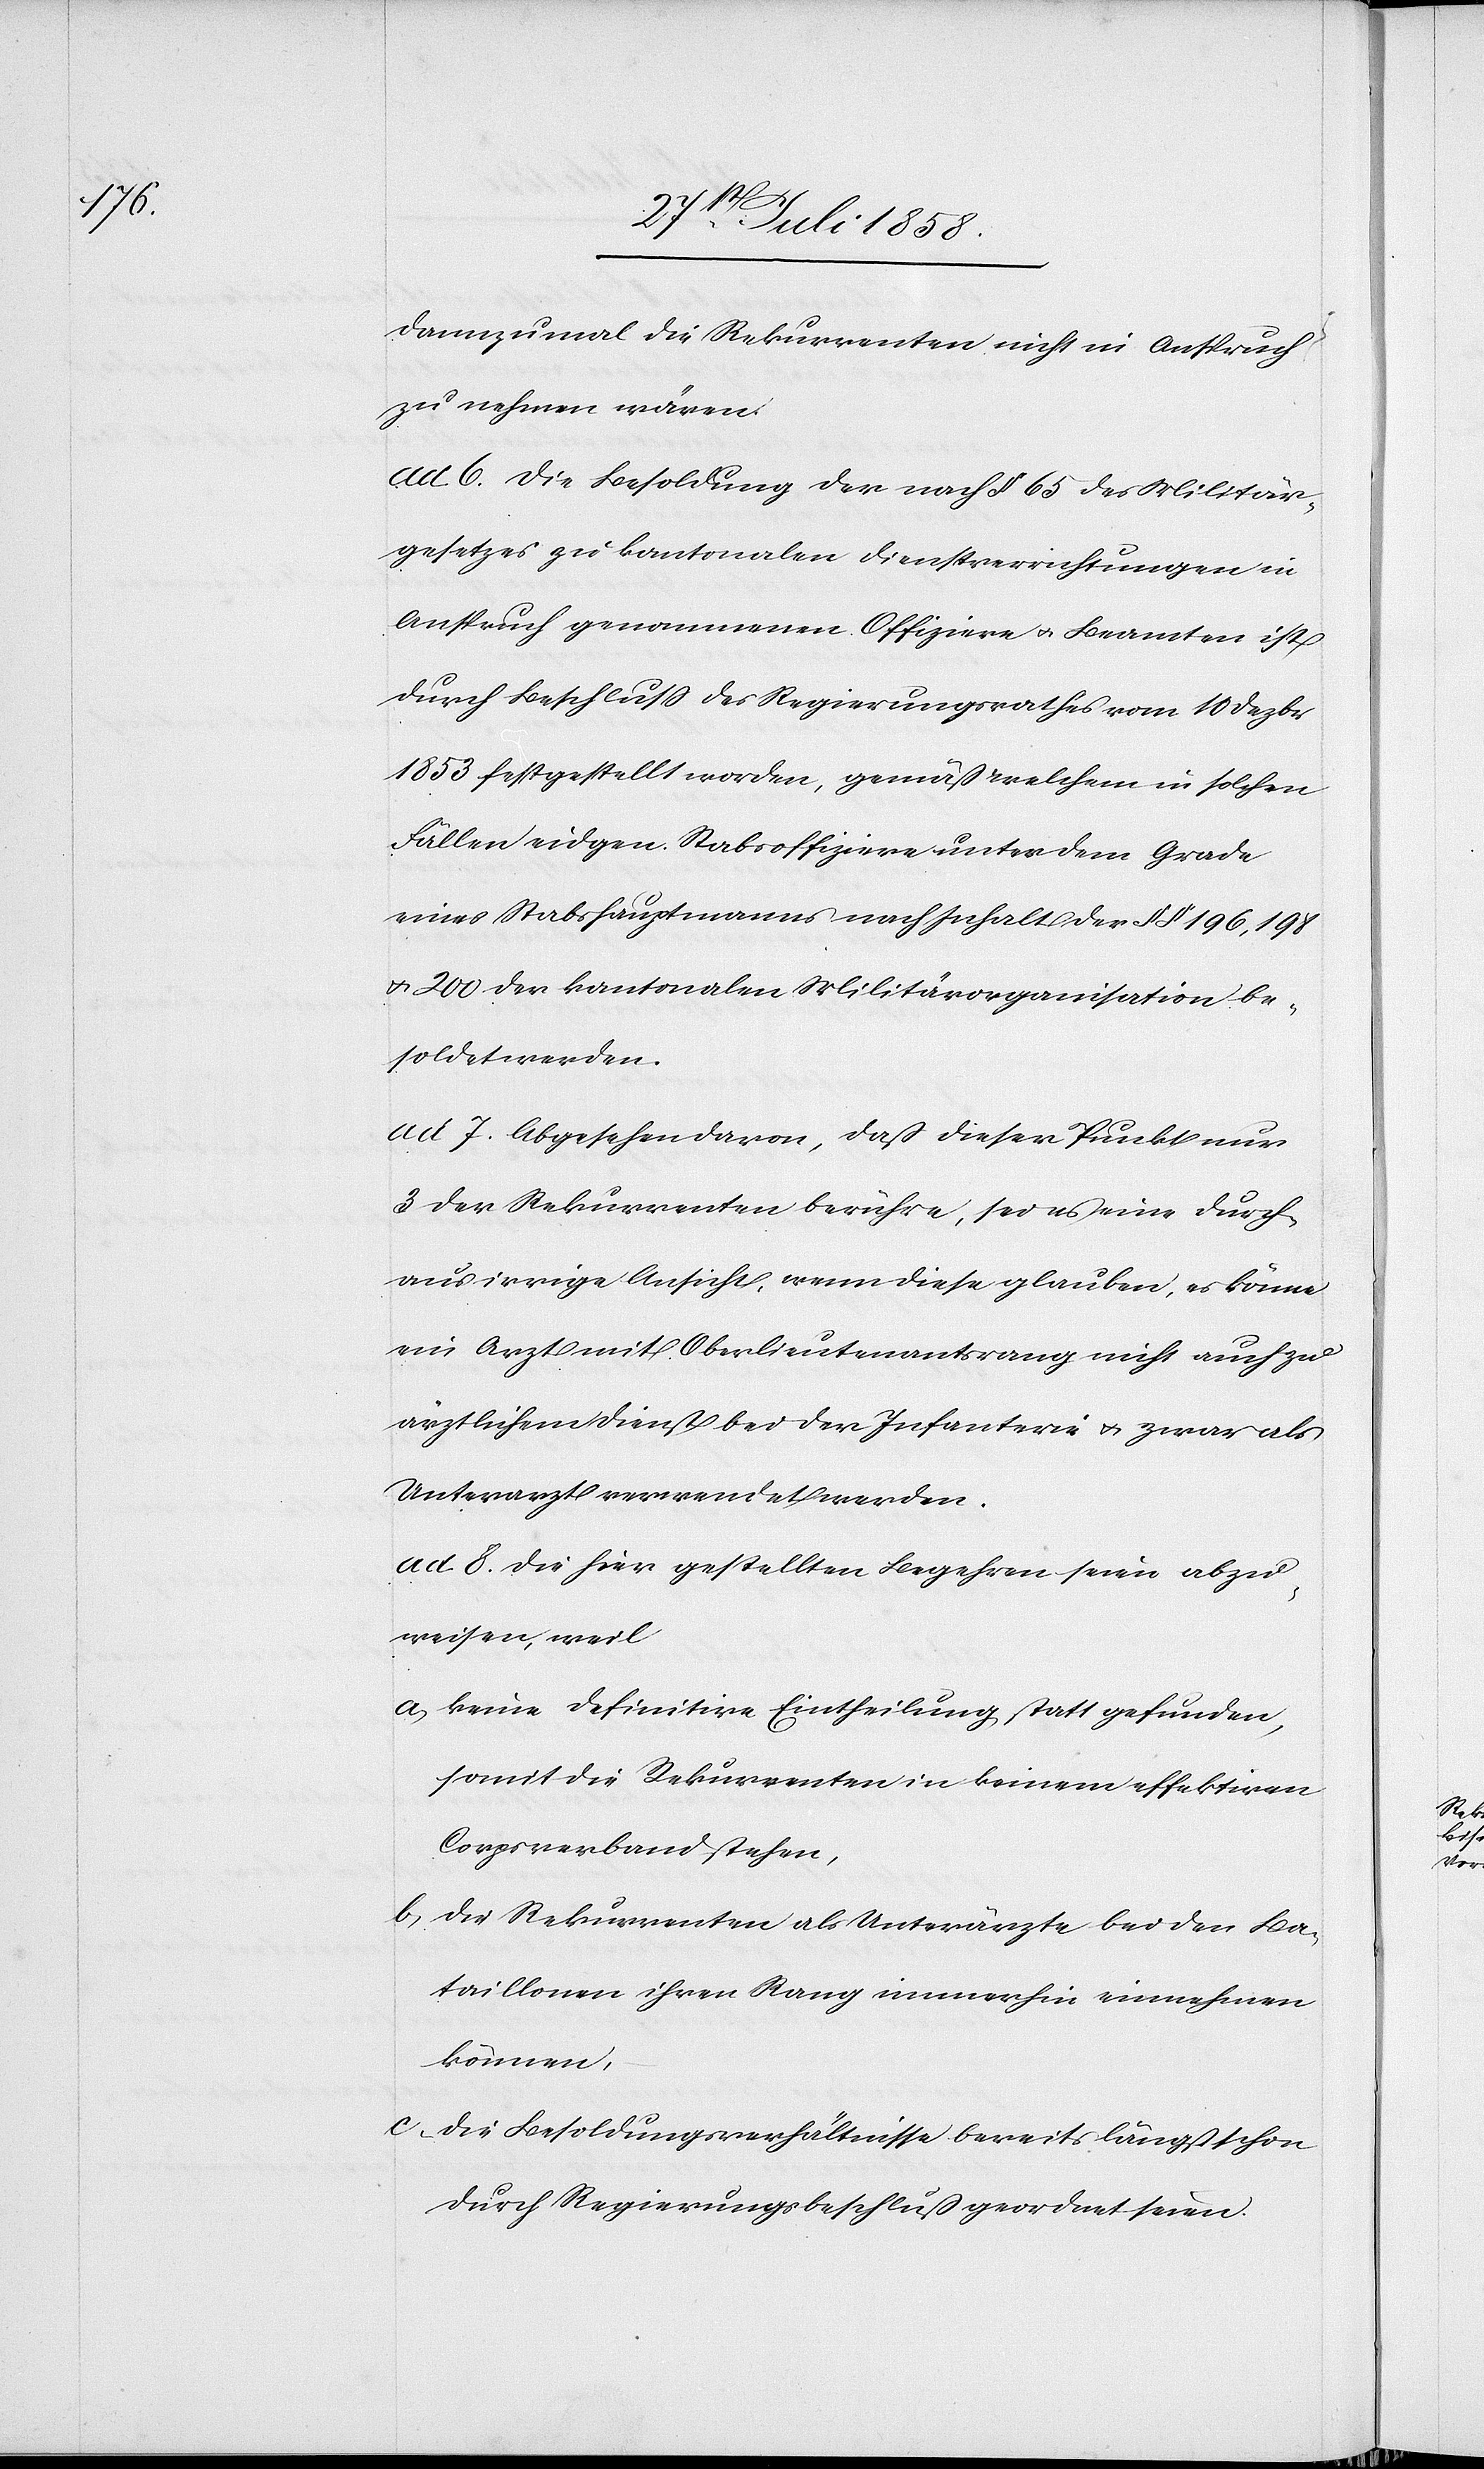
dannzumal die Rekurrenten nicht in Anspruch
zu nehmen wären.
ad 6. Die Besoldung der nach § 65 des Militär¬
gesetzes zu kantonalen Dienstverrichtungen in
Anspruch genommenen Offiziere & Beamten ist
durch Beschluss des Regierungsrathes vom 10 Dezbr.
1853 festgestellt worden, gemäß welchem in solchen
Fällen eidgen. Stabsoffiziere unter dem Grade
eines Stabshauptmanns nach Inhalt der §§ 196, 198
& 200 der kantonalen Militärorganisation be¬
soldet werden.
ad 7. Abgesehen davon, daß dieser Punkt nur
3 der Rekurrenten berühre, sei es eine durch¬
aus irrige Ansicht, wenn diese glauben, es könne
ein Arzt mit Oberlieutenantsrang nicht auch zu
ärztlichem Dienst bei der Infanterie & zwar als
Unterarzt verwendet werden.
ad 8. Die hier gestellten Begehren seien abzu¬
weisen, weil
keine definitive Eintheilung statt gefunden,
somit die Rekurrenten in keinem effektiven
Corpsverband stehen,
die Rekurrenten als Unterärzte bei den Ba¬
taillonen ihren Rang immerhin einnehmen
können,
die Besoldungsverhältnisse bereits längst schon
durch Regierungsbeschluß geordnet seien.